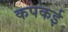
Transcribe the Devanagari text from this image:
कपकई